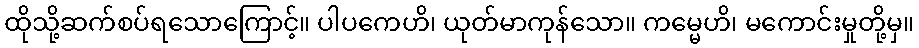
ထိုသို့ဆက်စပ်ရသောကြောင့်။ ပါပကေဟိ၊ ယုတ်မာကုန်သော။ ကမ္မေဟိ၊ မကောင်းမှုတို့မှ။